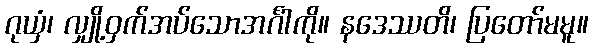
ဂုယှံ၊ လျှို့ဝှက်အပ်သောအင်္ဂါကို။ နဒေဿတိ၊ ပြတော်မမူ။